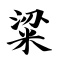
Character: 粱